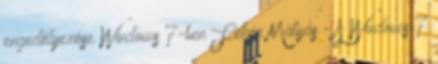
engedélyezése Windows 7-ben Fehér Mátyás - A Windows 7